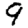
Digit: 9